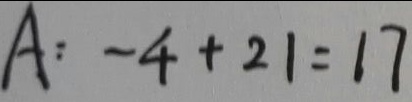
A : - 4 + 2 1 = 1 7